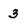
Character: 3